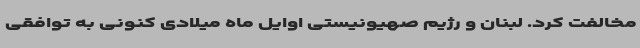
مخالفت کرد. لبنان و رژیم صهیونیستی اوایل ماه میلادی کنونی به توافقی